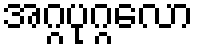
အဂ္ဂပုဂ္ဂလော